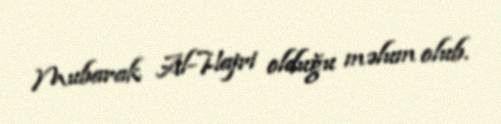
Mubarak Al-Hajri olduğu məlum olub.